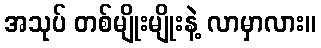
အသုပ် တစ်မျိုးမျိုးနဲ့ လာမှာလား။